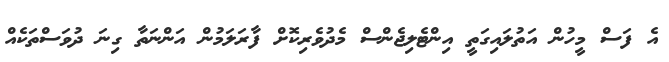
އެ ފަސް މީހުން އަތުލައިގަތީ އިންޓެލިޖެންސް މެދުވެރިކޮށް ފާރަލަމުން އަންނަތާ ގިނަ ދުވަސްތަކެއް